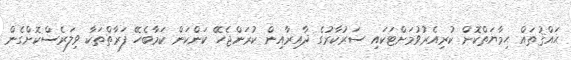
ޙައްޤުތައް ޙިމާޔަތްކޮށް ކުރިއެރުވުމަށްޓަކައި ސަރުކާރުގެ ދާއިރާއިން ކުރަންޖެހޭ ކަންކަން ކަމާބެހޭ ފަރާތްތަކާ ވިލަރެސްކޮށްގެން